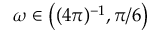
\omega \in \big ( ( 4 \pi ) ^ { - 1 } , \pi / 6 \big )